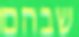
שבהם